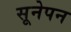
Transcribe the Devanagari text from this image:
सूनेपन